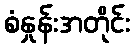
စံနှုန်းအတိုင်း